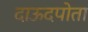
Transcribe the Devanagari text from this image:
दाऊदपोता